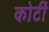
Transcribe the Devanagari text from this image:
कोटीं